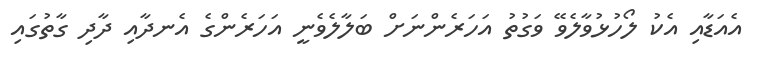
އެއަޑާއި އެކު ލޯހުޅުވާލެވޭ ވަގުތު އަހަރެންނަށް ބަލާލެވެނީ އަހަރެންގެ އެނދާއި ދާދި ގާތުގައި